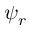
\psi _ { r }